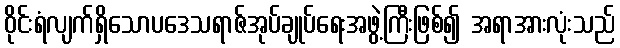
ဝိုင်းရံလျက်ရှိသောပဒေသရာဇ်အုပ်ချုပ်ရေးအဖွဲ့ကြီးဖြစ်၍ အရာအားလုံးသည်